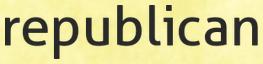
republican